Report on vaccination in Madras 1895-1903 - 1895-1903
Year: 1895
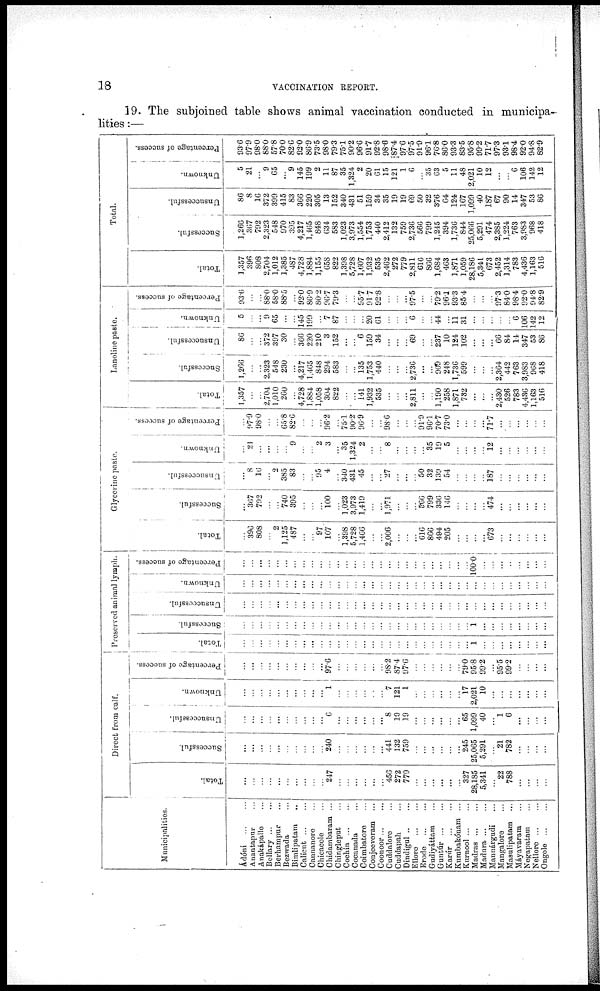
18
VACCINATION REPORT.
19. The subjoined table shows animal vaccination conducted in municipa-
lities :—
Municipalities.
Ádóni
...
...
Anantapur ...
Anakápallo ...
Bellary
...
...
Berhampur ...
Bezwada ...
Bimlipatam ...
Calicut
...
...
Cannanore ...
Chicacole ...
Chidambaram ...
Chingleput ...
Cochin ...
Cocanada ...
Coimbatore ...
Conjeeveram
...
Coonoor
...
...
Cuddalore ...
Cuddapah ...
Dindigul
...
...
Ellore
...
...
Erode
Gudiyáttam ...
Guntúr
...
...
Karúr
...
...
Kumbakónam ...
Kurnool
...
...
Madras
Madura
Mannárgudi ...
Mangalore ...
Masulipatam ...
Máyavaram ...
Negapatam ...
Nellore
...
...
Ongole
...
...
Direct from calf.
Total.
...
...
...
...
...
...
...
...
...
...
247
...
...
...
...
...
...
456
272
779
...
...
...
...
...
...
327
28,185
5,341
...
22
788
...
...
...
...
Successful.
...
...
...
...
...
...
...
...
...
...
240
...
...
...
...
...
...
441
132
759
...
...
...
...
...
...
245
25,065
5,291
...
21
782
...
...
...
...
Unsuccessful.
...
...
...
...
...
...
...
...
...
...
6
...
...
...
...
...
...
8
19
19
...
...
...
...
...
...
65
1,099
40
...
1
6
...
...
...
...
Unknown.
...
...
...
...
...
...
...
...
...
...
1
...
...
...
...
...
...
7
121
1
...
...
...
...
...
...
17
2,021
10
...
...
...
...
...
...
...
Percentage of success.
...
...
...
...
...
...
...
...
...
...
97.6
...
...
...
...
...
...
98.2
87.4
97.6
...
...
...
...
...
...
79.0
95.8
99.2
...
95.5
99.2
...
...
...
...
Preserved animal lymph.
Total.
...
...
...
...
...
...
...
...
...
...
...
...
...
...
...
...
...
...
...
...
...
...
...
...
...
...
...
1
...
...
...
...
...
...
...
...
Successful.
...
...
...
...
...
...
...
...
...
...
...
...
...
...
...
...
...
...
...
...
...
...
...
...
...
...
...
1
...
...
...
...
...
...
...
...
Unsuccessful.
...
...
...
...
...
...
...
...
...
...
...
...
...
...
...
...
...
...
...
...
...
...
...
...
...
...
...
...
...
...
...
...
...
...
...
...
Unknown.
...
...
...
...
...
...
...
...
...
...
...
...
...
...
...
...
...
...
...
...
...
...
...
...
...
...
...
...
...
...
...
...
...
...
...
...
Percentage of success.
...
...
...
...
...
...
...
...
...
...
...
...
...
...
...
...
...
...
...
...
...
...
...
...
...
...
...
100.0
...
...
...
...
...
...
...
...
Glycerine paste.
Total.
...
396
808
...
2
1,125
487
...
...
97
107
...
1,398
5,728
1,466
...
...
2,006
...
...
...
616
866
494
205
...
...
...
...
673
...
...
...
...
...
...
Successful.
...
367
792
...
...
740
395
...
...
...
100
...
1,023
3,973
1,419
...
...
1,97l
...
...
...
566
799
336
146
...
...
...
...
474
...
...
...
...
...
...
Unsuccessful.
...
8
16
...
2
385
83
...
...
95
4
...
340
431
45
...
...
27
...
...
...
50
32
139
54
...
...
...
...
187
...
...
...
...
...
...
Unknown.
...
21
...
...
...
...
9
...
...
2
3
...
35
1,324
2
...
...
8
...
...
...
...
35
19
5
...
...
...
...
12
...
...
...
...
...
...
Percentage of success.
...
97.9
98.0
...
...
65.8
82.6
...
...
...
96.2
...
75.1
90.2
96.9
...
...
98.6
...
...
...
91.9
96.1
70.7
73.0
...
...
...
...
71.7
...
...
...
...
...
...
Lanoline paste.
Total.
1,357
...
...
2,704
1,010
260
...
4,728
1,884
1,058
304
822
...
...
141
1,932
535
...
...
...
2,811
...
...
1,190
258
1,871
732
...
...
...
2,430
526
783
4,436
1,163
516
Successful.
1,266
...
...
2,323
548
230
...
4,217
1,465
848
294
583
...
...
135
1,753
440
...
...
...
2,736
...
...
909
248
1,736
599
...
...
...
2,364
442
763
3,983
968
418
Unsuccessful.
86
...
...
372
397
30
...
366
220
210
3
152
...
...
6
159
34
...
...
...
69
...
...
237
10
124
102
...
...
...
66
84
14
347
53
86
Unknown.
5
...
...
9
65
...
...
145
199
...
7
87
...
...
...
20
61
...
...
...
6
...
...
44
...
11
31
...
...
...
...
...
6
106
142
12
Percentage of success.
93.6
...
...
88.0
58.0
88.5
...
92.0
86.9
80.2
96.7
79.3
...
...
95.7
91.7
92.8
...
...
...
97.5
...
...
79.2
96.1
93.3
85.4
...
...
...
97.3
84.0
98.4
92.0
94.8
82.9
Total.
Total.
1,357
396
808
2,704
1,012
1,385
487
4,728
1,884
1,155
658
822
1,398
5,728
1,607
1,932
535
2,462
272
779
2,811
616
866
1,684
463
1,871
1,059
28,186
5,341
673
2,452
1,314
783
4,436
1,163
516
Successful.
1,266
367
792
2,323
548
970
395
4,217
1,465
848
634
583
1,023
3,973
1,554
1,753
440
2,412
132
759
2,736
566
799
1,245
394
1,736
844
25,066
5,291
474
2,385
1,224
763
3,983
968
418
Unsuccessful.
86
8
16
372
399
415
83
366
220
305
13
152
340
431
51
159
34
35
19
19
69
50
32
376
64
124
167
1,099
40
187
67
90
14
347
53
86
Unknown.
5
21
...
9
65
...
9
145
199
2
11
87
35
1,324
2
20
61
15
121
1
6
...
35
63
5
11
48
2,021
10
12
...
...
6
106
142
12
Percentage of success.
93.6
97.9
98.0
88.0
57.8
70.0
82.6
92.0
86.9
73.5
98.0
79.3
75.1
90.2
96.6
91.7
92.8
98.6
87.4
97.6
97.5
91.9
96.1
76.8
86.0
93.3
83.5
95.8
99.2
71.7
97.3
93.1
98.4
92.0
94.8
82.9